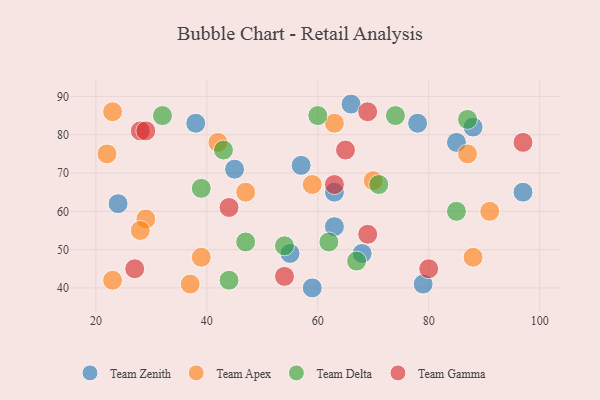
{"axis": {"x": "GDP", "y": "Life Expectancy"}, "legend": ["Team Apex", "Team Delta", "Team Gamma", "Team Zenith"], "data": [{"x": "78", "y": 83, "type": "Team Zenith"}, {"x": "45", "y": 71, "type": "Team Zenith"}, {"x": "63", "y": 56, "type": "Team Zenith"}, {"x": "38", "y": 83, "type": "Team Zenith"}, {"x": "88", "y": 82, "type": "Team Zenith"}, {"x": "66", "y": 88, "type": "Team Zenith"}, {"x": "97", "y": 65, "type": "Team Zenith"}, {"x": "59", "y": 40, "type": "Team Zenith"}, {"x": "24", "y": 62, "type": "Team Zenith"}, {"x": "57", "y": 72, "type": "Team Zenith"}, {"x": "63", "y": 65, "type": "Team Zenith"}, {"x": "68", "y": 49, "type": "Team Zenith"}, {"x": "55", "y": 49, "type": "Team Zenith"}, {"x": "79", "y": 41, "type": "Team Zenith"}, {"x": "85", "y": 78, "type": "Team Zenith"}, {"x": "39", "y": 48, "type": "Team Apex"}, {"x": "29", "y": 58, "type": "Team Apex"}, {"x": "23", "y": 42, "type": "Team Apex"}, {"x": "91", "y": 60, "type": "Team Apex"}, {"x": "47", "y": 65, "type": "Team Apex"}, {"x": "63", "y": 83, "type": "Team Apex"}, {"x": "22", "y": 75, "type": "Team Apex"}, {"x": "42", "y": 78, "type": "Team Apex"}, {"x": "37", "y": 41, "type": "Team Apex"}, {"x": "23", "y": 86, "type": "Team Apex"}, {"x": "88", "y": 48, "type": "Team Apex"}, {"x": "28", "y": 55, "type": "Team Apex"}, {"x": "87", "y": 75, "type": "Team Apex"}, {"x": "59", "y": 67, "type": "Team Apex"}, {"x": "70", "y": 68, "type": "Team Apex"}, {"x": "62", "y": 52, "type": "Team Delta"}, {"x": "87", "y": 84, "type": "Team Delta"}, {"x": "39", "y": 66, "type": "Team Delta"}, {"x": "71", "y": 67, "type": "Team Delta"}, {"x": "47", "y": 52, "type": "Team Delta"}, {"x": "54", "y": 51, "type": "Team Delta"}, {"x": "32", "y": 85, "type": "Team Delta"}, {"x": "44", "y": 42, "type": "Team Delta"}, {"x": "60", "y": 85, "type": "Team Delta"}, {"x": "74", "y": 85, "type": "Team Delta"}, {"x": "85", "y": 60, "type": "Team Delta"}, {"x": "43", "y": 76, "type": "Team Delta"}, {"x": "67", "y": 47, "type": "Team Delta"}, {"x": "69", "y": 54, "type": "Team Gamma"}, {"x": "28", "y": 81, "type": "Team Gamma"}, {"x": "44", "y": 61, "type": "Team Gamma"}, {"x": "63", "y": 67, "type": "Team Gamma"}, {"x": "97", "y": 78, "type": "Team Gamma"}, {"x": "27", "y": 45, "type": "Team Gamma"}, {"x": "65", "y": 76, "type": "Team Gamma"}, {"x": "54", "y": 43, "type": "Team Gamma"}, {"x": "80", "y": 45, "type": "Team Gamma"}, {"x": "69", "y": 86, "type": "Team Gamma"}, {"x": "29", "y": 81, "type": "Team Gamma"}]}